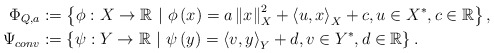
\begin{align*}\Phi_{Q,a} & :=\left\{ \phi:X\to\mathbb{R}\ |\ \phi\left(x\right)=a\left\Vert x\right\Vert_X ^{2}+\left\langle u,x\right\rangle_X + c ,u\in X^{*},c\in\mathbb{R}\right\}, \\\Psi_{conv} & :=\left\{ \psi:Y\to\mathbb{R}\ |\ \psi\left(y\right)= \left\langle v,y\right\rangle_Y + d ,v\in Y^{*}, d\in\mathbb{R} \right\}.\end{align*}